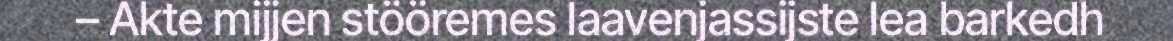
– Akte mijjen stööremes laavenjassijste lea barkedh